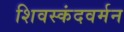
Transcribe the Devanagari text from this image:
शिवस्कंदवर्मन